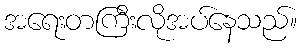
အရေးတကြီးလိုအပ်နေသည်။